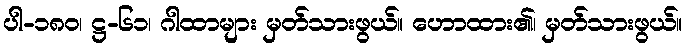
ပါ-၁၈၀၊ ဋ္ဌ-၆၁၊ ဂါထာများ မှတ်သားဖွယ်။ ဟောထား၏၊ မှတ်သားဖွယ်။